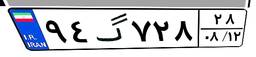
۹۴گ۷۲۸۲۸